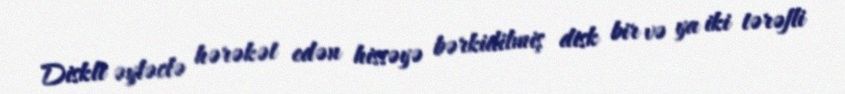
Diskli əyləclə hərəkət edən hissəyə bərkidilmiş disk bir və ya iki tərəfli